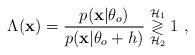
LaTeX: \begin{align*}\Lambda(\mathbf{x})=\frac{p(\mathbf{x}|\theta_o)}{p(\mathbf{x}|\theta_o+h)}\overset{\mathcal{H}_1}{\underset{\mathcal{H}_2}{\gtrless}}1~, \end{align*}